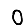
Digit: 0